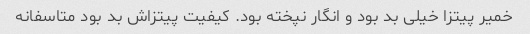
خمیر پیتزا خیلی بد بود و انگار نپخته بود. کیفیت پیتزاش بد بود متاسفانه